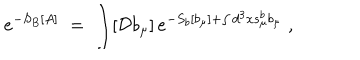
LaTeX: e ^ { - S _ { B } [ A ] } \; = \; \int [ { \mathcal D } b _ { \mu } ] \, e ^ { - S _ { b } [ b _ { \mu } ] + \int d ^ { 3 } x s _ { \mu } ^ { b } b _ { \mu } } \; ,